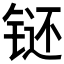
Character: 𲈂